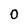
Character: 0